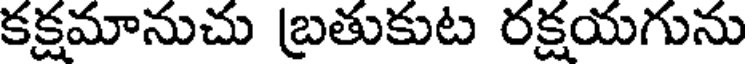
కక్షమానుచు బ్రతుకుట రక్షయగును